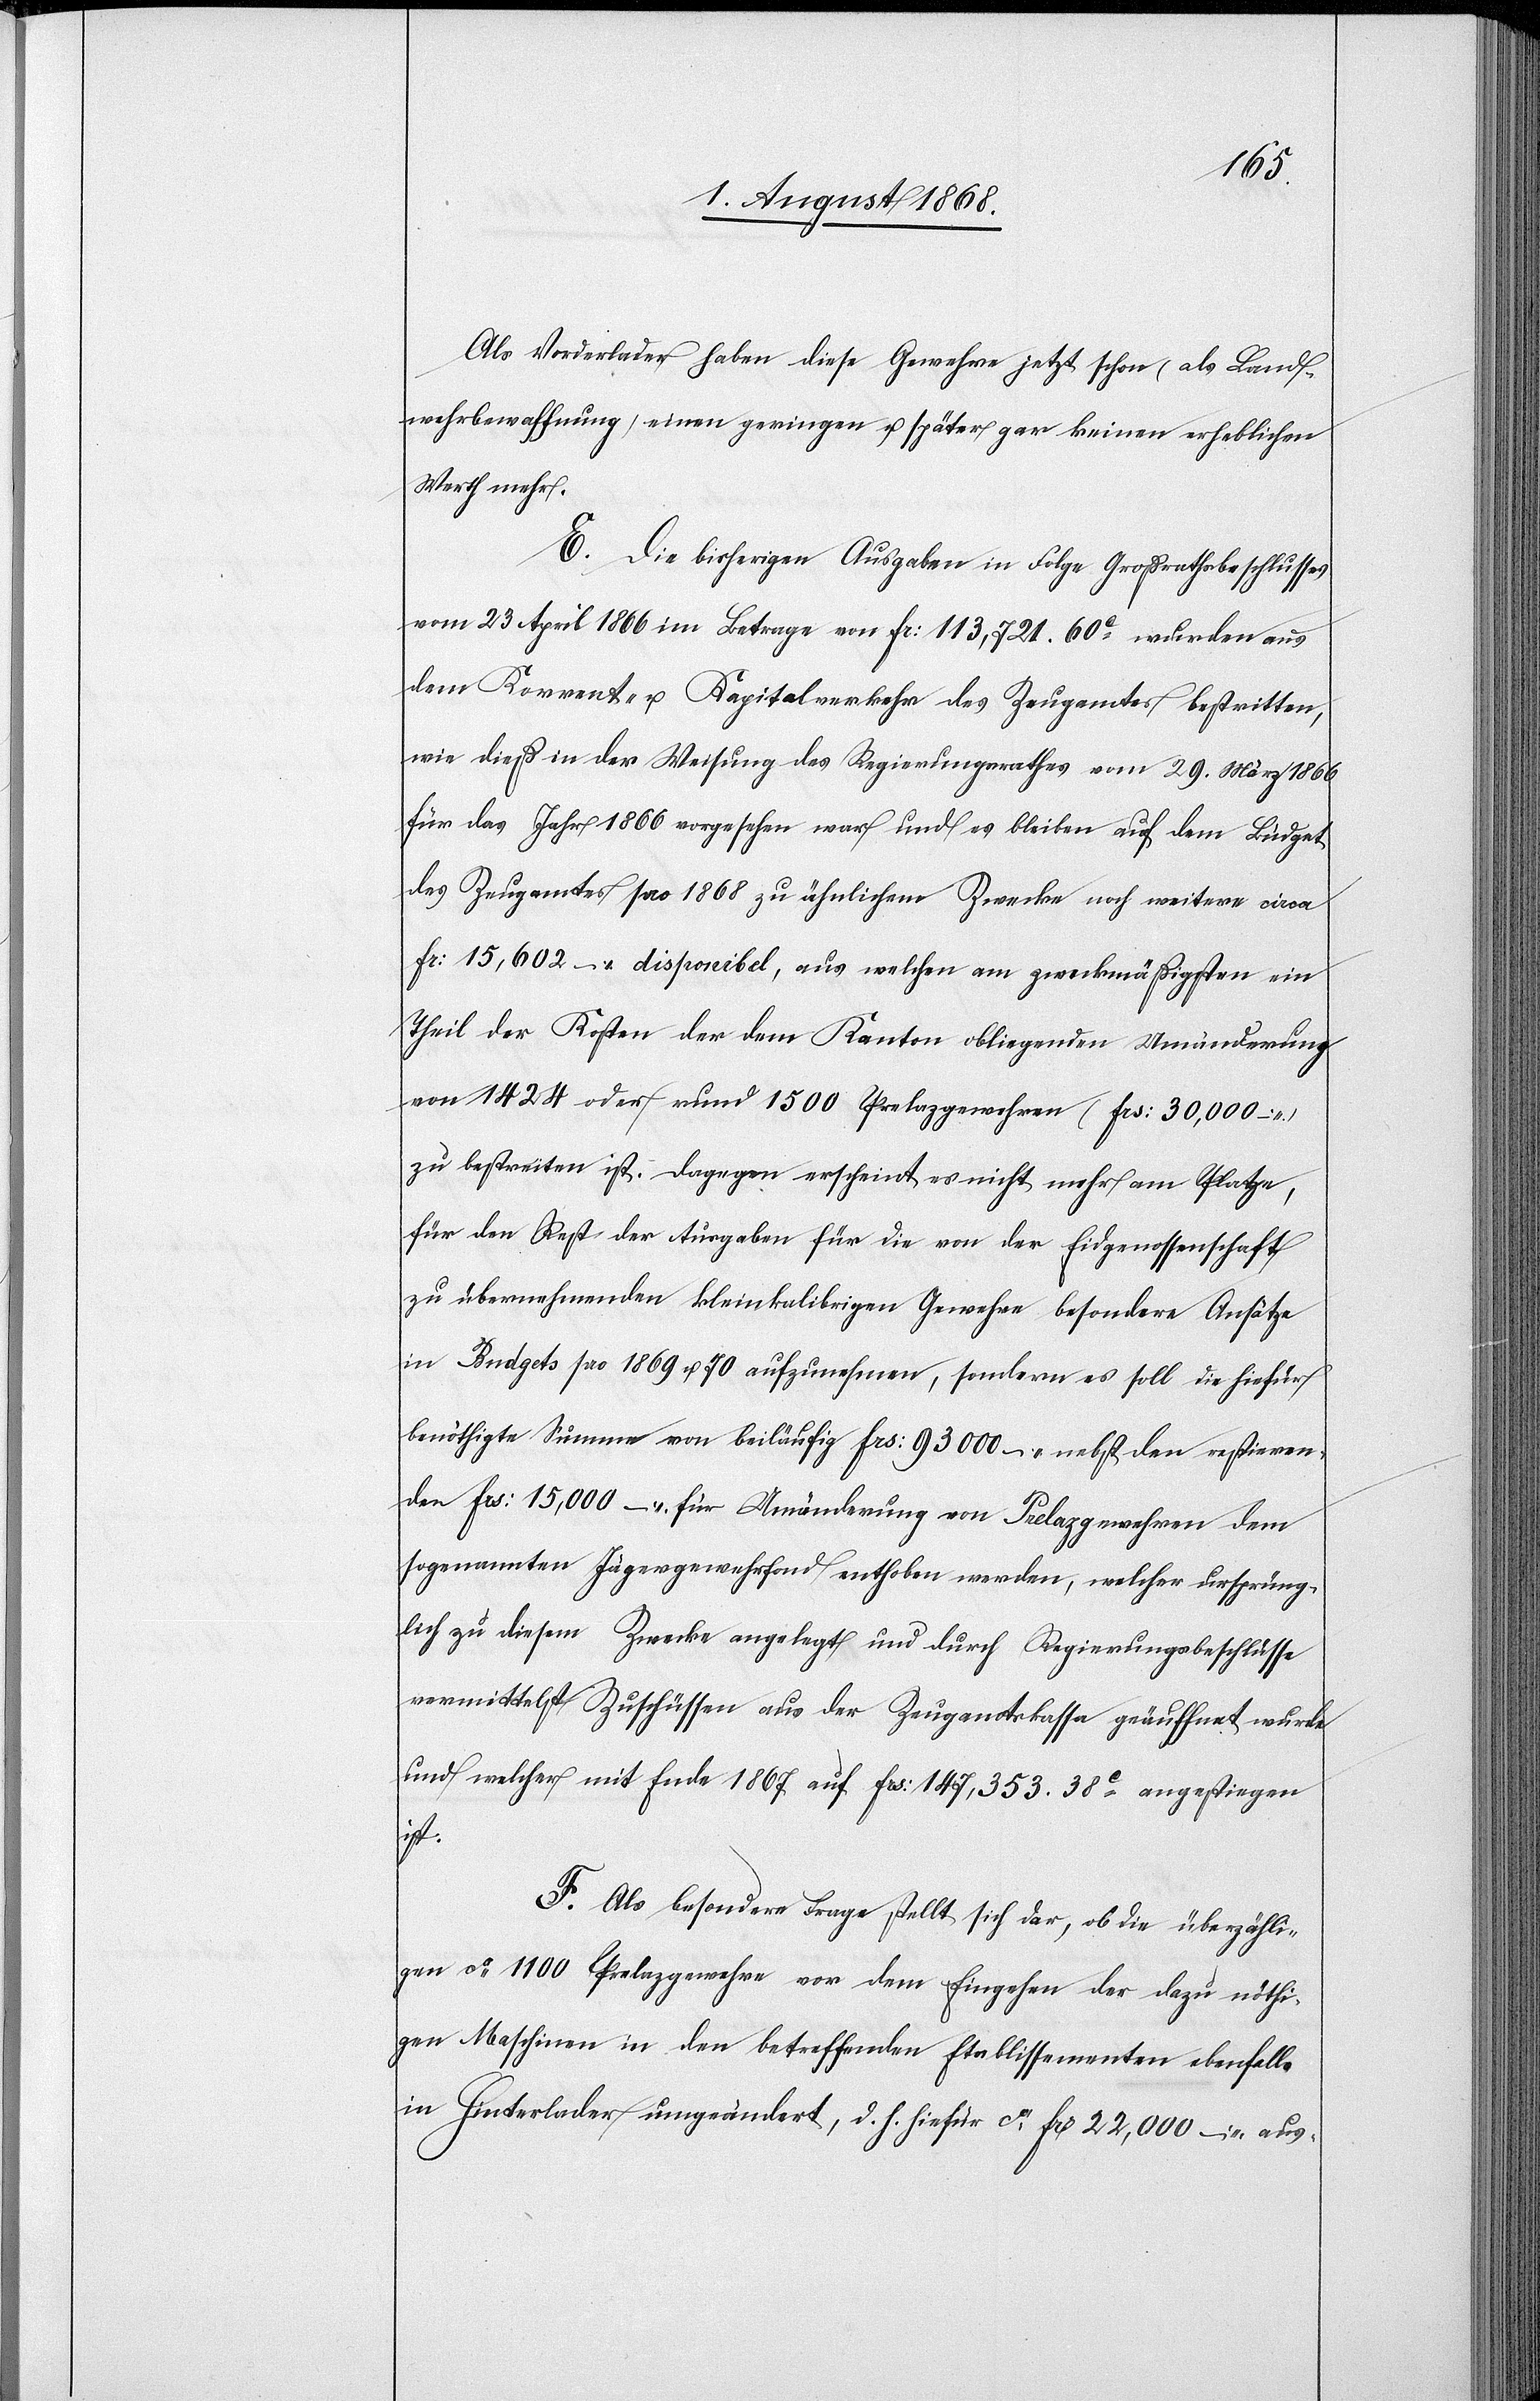
Als Vorderlader haben diese Gewehre jetzt schon (als Land¬
wehrbewaffnung) einen geringen u. später gar keinen erheblichen
Werth mehr.
E. Die bisherigen Ausgaben in Folge Großrathsbeschlusses
vom 23 April 1866 im Betrage von Fr: 113,721. 60c wurden aus
dem Korrent- u. Kapitalverkehr des Zeugamtes bestritten,
wie dieß in der Weisung des Regierungsrathes vom 29. März 1866
für das Jahr 1866 vorgesehen war und es bleiben auf dem Büdget
des Zeugamtes pro 1868 zu ähnlichem Zwecke noch weitere circa
Fr: 15,602 – disponibel, aus welchen am zweckmäßigsten ein
Theil der Kosten der dem Kanton obliegenden Umänderung
von 1424 oder rund 1500 Prelazgewehren (Frs: 30,000 –)
zu bestreiten ist. Dagegen erscheint es nicht mehr am Platze,
für den Rest der Ausgaben für die von der Eidgenossenschaft
zu übernehmenden kleinkalibrigen Gewehre besondere Ansätze
in Budgets pro 1869 u. 70 aufzunehmen, sondern es soll die hiefür
benöthigte Summe von beiläufig Frs: 93 000 – nebst den restieren¬
den Frs: 15,000 – für Umänderung von Prelazgewehren dem
sogenannten Jägergewehrfond enthoben werden, welcher ursprüng¬
lich zu diesem Zwecke angelegt und durch Regierungsbeschlüsse
vermittelst Zuschüssen aus der Zeugamtskassa geäuffnet wurde
und welcher mit Ende 1867 auf Frs: 147,353. 38c angestiegen
ist.
F. Als besondere Frage stellt sich dar, ob die überzähli¬
gen ca 1100 Prelazgewehre vor dem Eingehen der dazu nöthi¬
gen Maschinen in den betreffenden Etablissementen ebenfalls
in Hinterlader umgeändert, d. h. hiefür ca Frs: 22,000 – aus-